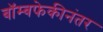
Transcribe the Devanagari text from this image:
बॉम्बफेकीनंतर